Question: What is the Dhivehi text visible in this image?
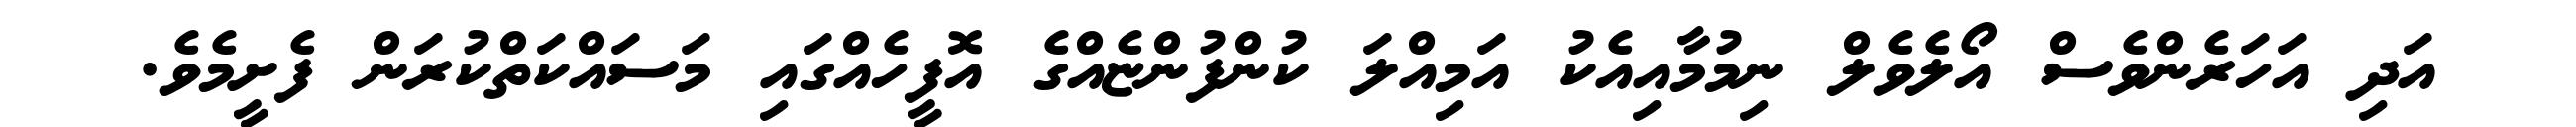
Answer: އަދި އަހަރެންވެސް އޯލެވެލް ނިމުމާއިއެކު އަމިއްލަ ކުންފުންޏެއްގެ އޮފީހެއްގައި މަސައްކަތްކުރަން ފެށީމެވެ.